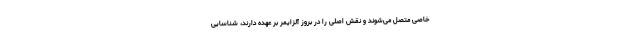
خاصی متصل می‌شوند و نقش اصلی را در بروز آلزایمر بر عهده دارند، شناسایی